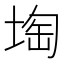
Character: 𡍒